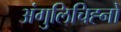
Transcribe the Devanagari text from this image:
अंगुलिचिह्नों